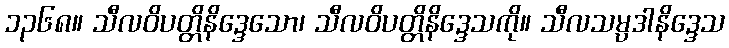
၁၃၆၈။ သီလဝိပတ္တိနိဒ္ဒေသော၊ သီလဝိပတ္တိနိဒ္ဒေသကို။ သီလသမ္ပဒါနိဒ္ဒေသ